Code of medical and sanitary regulations for the guidance of medical officers serving in the Madras Presidency - Volume II
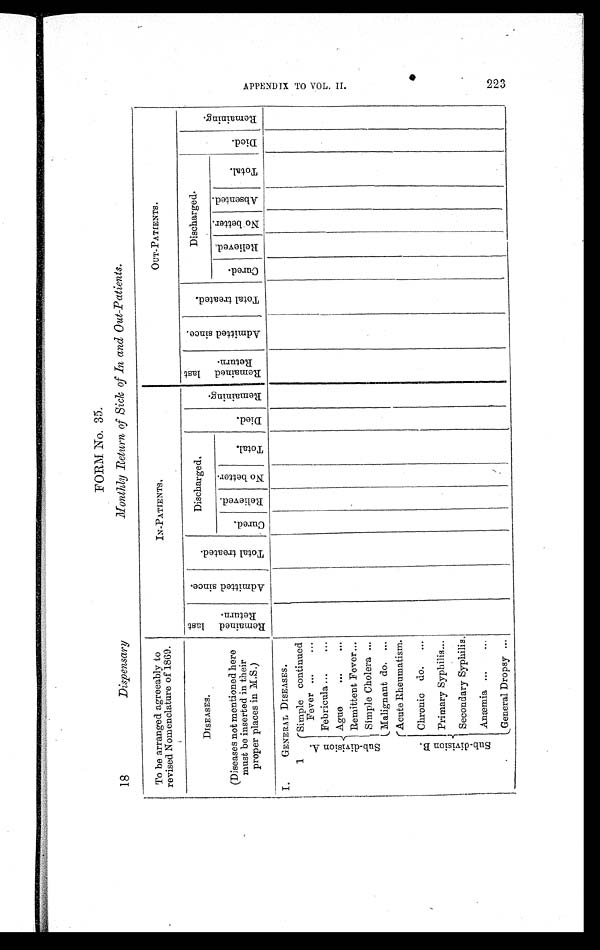
FORM No. 35.
18
Dispensary Monthly Return of Sick of In and Out-Patients.
To be arranged agreeably to
revised Nomenclature of 1869.
I N - P A T I E N T S .
OUT-PATIENTS.
DISEASES.
(Diseases not mentioned here
must be inserted in their
proper places in M.S.)
R e m a i n e d l a s t R e t u r n .
A d m i t t e d s i n c e .
T o t a l t r e a t e d .
Discharged.
D i e d .
R e m a i n i n g .
R e m a i n e d l a s t r e t u r n .
A d m i t t e d s i n c e .
T o t a l t r e a t e d .
Discharged.
D i e d .
R e m a i n i n g .
C u r e d .
R e l i e v e d . N o b e t t e r .
T o t a l .
C u r e d .
R e l i e v e d . N o b e t t e r .
A b s e n t e d .
T o t a l .
I.
GENERAL DISEASES.
1
S u b - d i v i s i o n A.
Simple continued
Fever ...
. . .
Febricula ...
. . .
Ague
. . .
. . .
Remittent Fever . . .
Simple Cholera ...
Malignant do. ...
S u b - d i v i s i o n B .
Acute Rheumatism.
Chronic do. ...
Primary Syphilis . . .
Secondary Syphilis.
Anæmia ...
. . .
General Dropsy ...
A P P E N D I X T O V O L . I I . 2 2 3